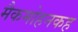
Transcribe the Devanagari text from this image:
मैकमोहनकह